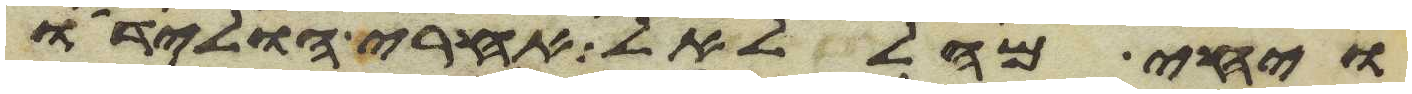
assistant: ויחי מהללאל אחרי הולידו